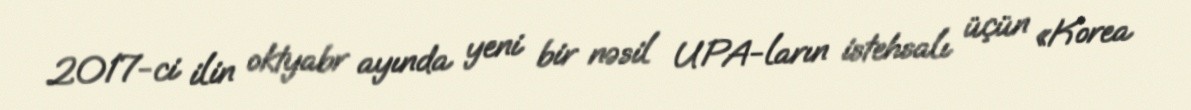
2017-ci ilin oktyabr ayında yeni bir nəsil UPA-ların istehsalı üçün «Korea